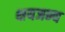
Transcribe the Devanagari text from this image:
क्षयजन्य